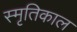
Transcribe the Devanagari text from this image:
स्मृतिकाल